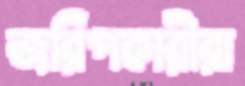
জরিপকারীরা